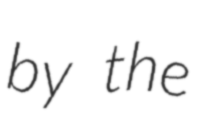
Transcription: by the